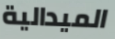
الميدالية